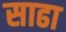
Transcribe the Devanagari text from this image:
साढा